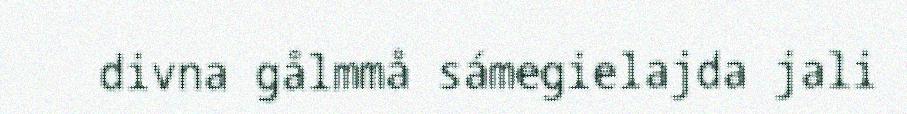
divna gålmmå sámegielajda jali